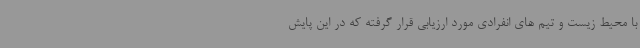
با محیط زیست و تیم های انفرادی مورد ارزیابی قرار گرفته که در این پایش